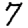
Digit: 7